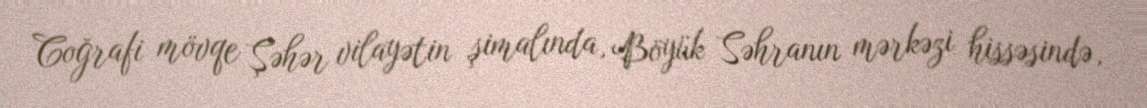
Coğrafi mövqe Şəhər vilayətin şimalında, Böyük Səhranın mərkəzi hissəsində,